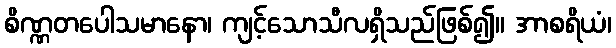
စိဏ္ဏတပေါသမာနော၊ ကျင့်သောသီလရှိသည်ဖြစ်၍။ အာစရိယံ၊